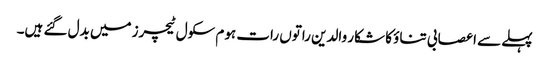
پہلے سے اعصابی تناؤ کا شکار والدین راتوں رات ہوم سکول ٹیچرز میں بدل گئے ہیں۔